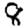
Digit: 8